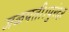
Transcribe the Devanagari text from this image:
जळपती।पुरंदर